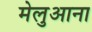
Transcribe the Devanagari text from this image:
मेलुआना